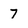
Character: 7